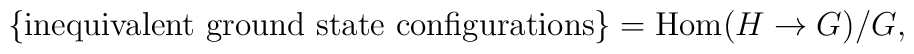
\{ \mbox{inequivalent ground state configurations} \}    = \textrm{Hom} (H \rightarrow G)/G,